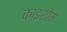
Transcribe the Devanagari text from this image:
काइशोम